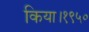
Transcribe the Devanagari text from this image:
किया।१९५०